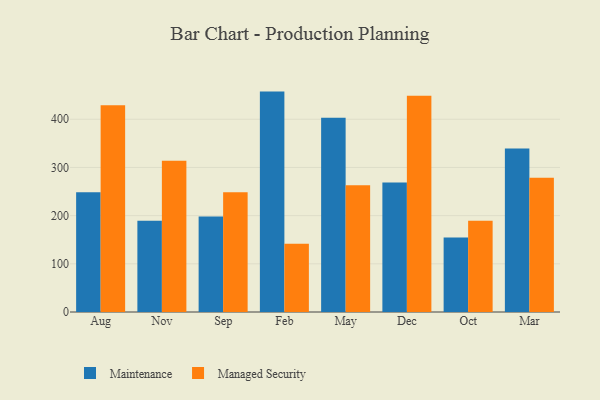
{"axis": {"x": "Month", "y": "Tickets Resolved"}, "legend": ["Maintenance", "Managed Security"], "data": [{"x": "Aug", "y": 248.6, "type": "Maintenance"}, {"x": "Aug", "y": 429.0, "type": "Managed Security"}, {"x": "Nov", "y": 189.6, "type": "Maintenance"}, {"x": "Nov", "y": 314.1, "type": "Managed Security"}, {"x": "Sep", "y": 198.3, "type": "Maintenance"}, {"x": "Sep", "y": 248.6, "type": "Managed Security"}, {"x": "Feb", "y": 457.4, "type": "Maintenance"}, {"x": "Feb", "y": 141.6, "type": "Managed Security"}, {"x": "May", "y": 403.2, "type": "Maintenance"}, {"x": "May", "y": 262.9, "type": "Managed Security"}, {"x": "Dec", "y": 268.7, "type": "Maintenance"}, {"x": "Dec", "y": 448.6, "type": "Managed Security"}, {"x": "Oct", "y": 154.7, "type": "Maintenance"}, {"x": "Oct", "y": 189.2, "type": "Managed Security"}, {"x": "Mar", "y": 339.2, "type": "Maintenance"}, {"x": "Mar", "y": 278.6, "type": "Managed Security"}]}